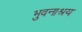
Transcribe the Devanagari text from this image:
भुवनाश्रय